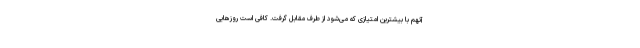
آنهم با بیشترین امتیازی که می‌شود از طرف مقابل گرفت. کافی است روزهایی